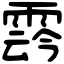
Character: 𩃬